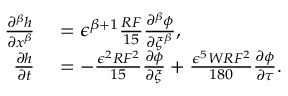
\begin{array} { r l } { \frac { \partial ^ { \beta } h } { \partial x ^ { \beta } } } & { { } = \epsilon ^ { \beta + 1 } \frac { R F } { 1 5 } \frac { \partial ^ { \beta } \phi } { \partial \xi ^ { \beta } } , } \\ { \frac { \partial h } { \partial t } } & { { } = - \frac { \epsilon ^ { 2 } R F ^ { 2 } } { 1 5 } \frac { \partial \phi } { \partial \xi } + \frac { \epsilon ^ { 5 } W R F ^ { 2 } } { 1 8 0 } \frac { \partial \phi } { \partial \tau } . } \end{array}